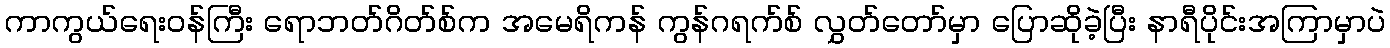
ကာကွယ်ရေးဝန်ကြီး ရောဘတ်ဂိတ်စ်က အမေရိကန် ကွန်ဂရက်စ် လွှတ်တော်မှာ ပြောဆိုခဲ့ပြီး နာရီပိုင်းအကြာမှာပဲ